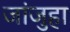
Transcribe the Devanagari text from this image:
जांजुहा